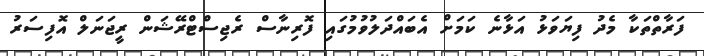
ފަރާތްތަކާ މެދު ފިޔަވަޅު އަޅާނެ ކަމަށް އެބައްދަލުވުމުގައި ފޮރިނާސް ރެޖިސްޓްރޭޝަން ރީޖަނަލް އޮފިސަރު